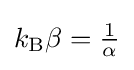
k_{\rm {B}}\beta ={\tfrac {1}{\alpha }}